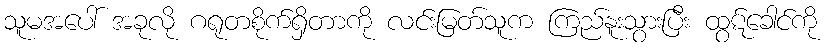
သူမအပေါ် အခုလို ဂရုတစိုက်ရှိတာကို လင်းမြတ်သူက ကြည်နူးသွားပြီး ထွဋ်ခေါင်ကို